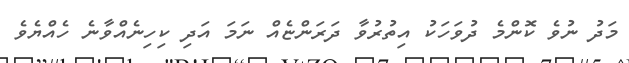
މަދު ނުވެ ކޮންމެ ދުވަހަކު އިތުރުވާ ދަރަންޏެއް ނަމަ އަދި ކިހިނެއްވާނެ ހެއްޔެވެ